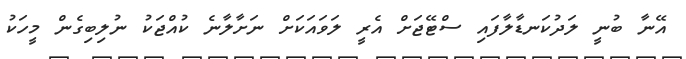
އޭނާ ބުނީ ލަދުކަނޑާލާފައި ސްޓޭޖަށް އެރީ ލަވައަކަށް ނަށާލާނެ ކުއްޖަކު ނުލިބިގެން މީހަކު